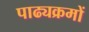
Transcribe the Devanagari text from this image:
पाढ्यक्रमों